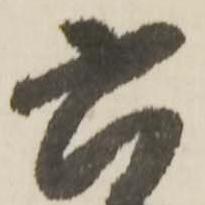
六